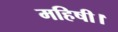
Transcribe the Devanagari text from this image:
महिषी।